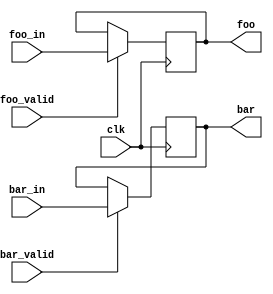
module test_21
  (input wire clk,
   output reg foo, bar,
   input wire foo_valid, foo_in,
   input wire bar_valid, bar_in
   );
   always @(posedge clk)
     begin
	if (foo_valid) foo <= foo_in;
	if (bar_valid) bar <= bar_in;
     end
endmodule